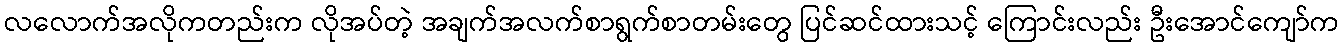
လလောက်အလိုကတည်းက လိုအပ်တဲ့ အချက်အလက်စာရွက်စာတမ်းတွေ ပြင်ဆင်ထားသင့် ကြောင်းလည်း ဦးအောင်ကျော်က